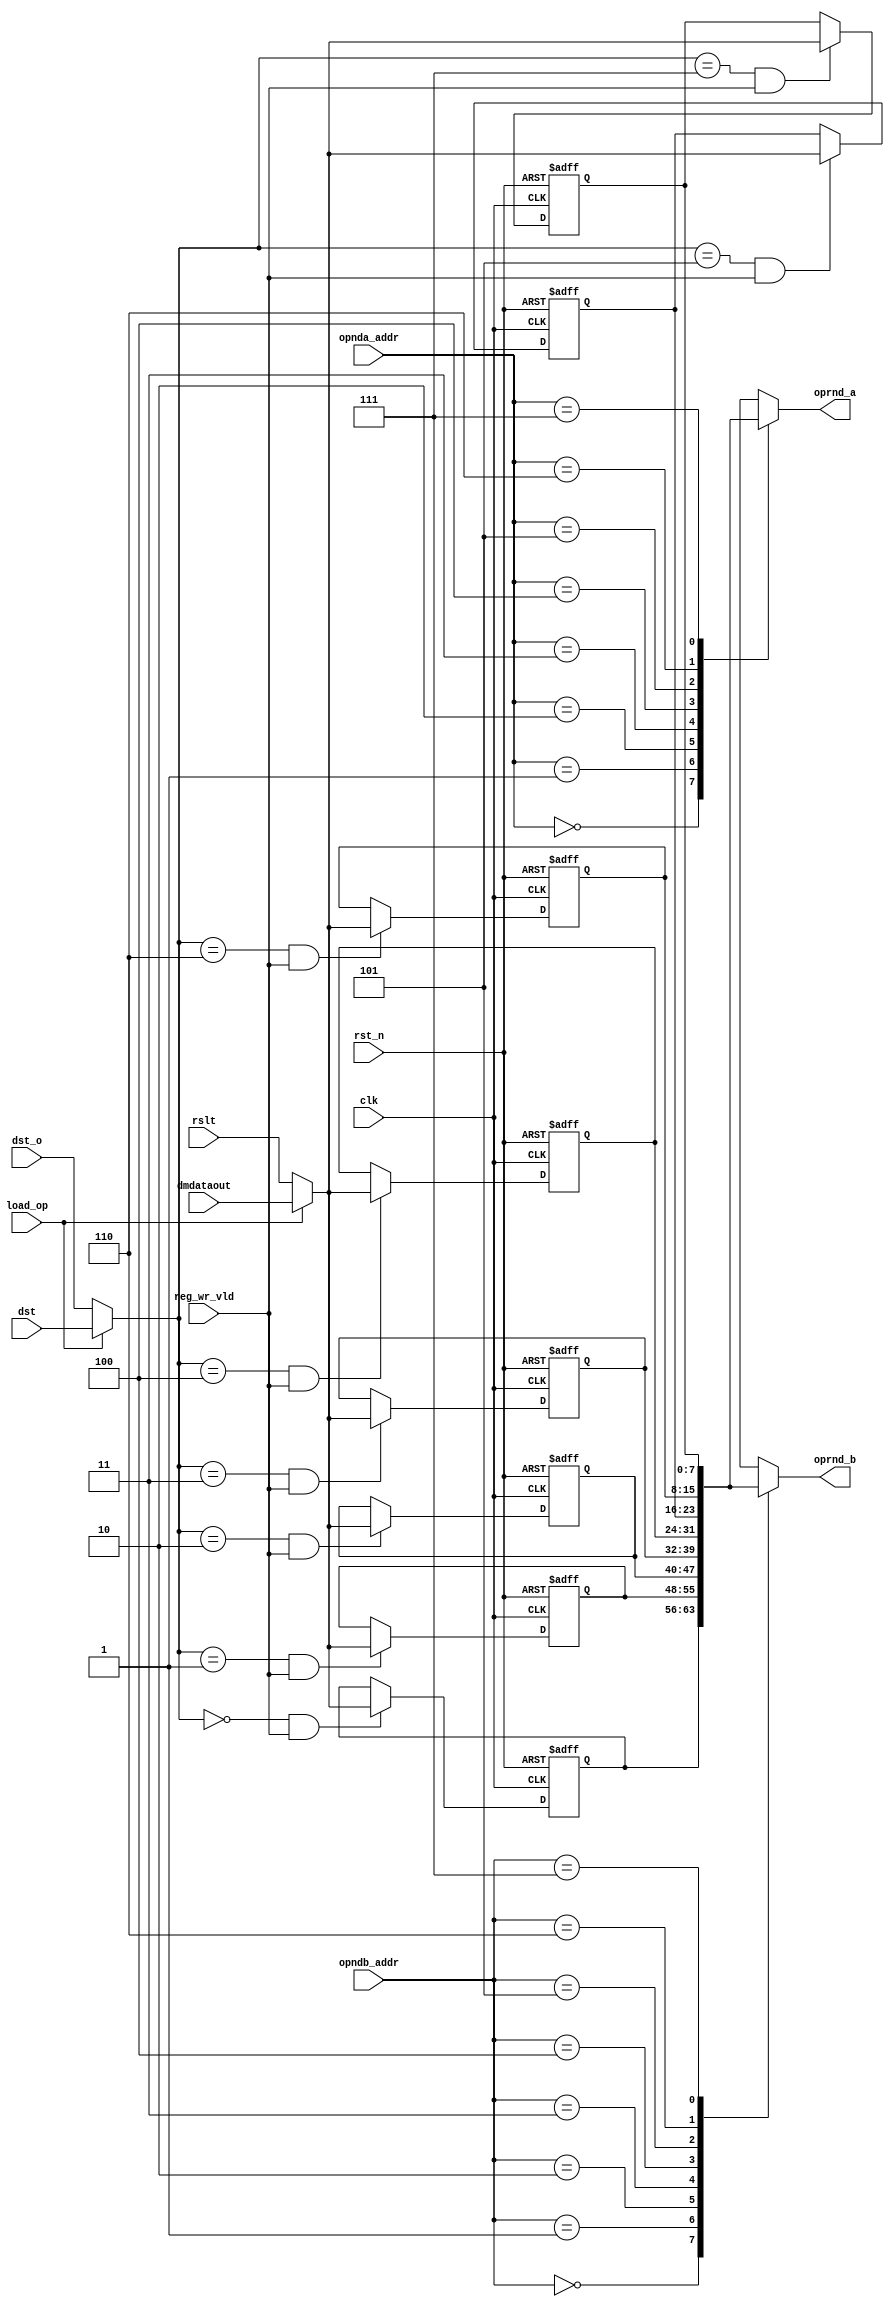

/*
 * Module: RISC Register File
 * Student Name: Ethan Bradley
 * Student Number: 101158848
 */
//---------------------------------------------------
//****************************************************


//fillout1: complete the list of interface
module risc_regfile (
	// Control signals
	input wire clk, 
	input wire rst_n, 
	
	// From Execution Unit
	input wire reg_wr_vld, 
	input wire load_op,
	input wire [7:0] rslt,
	input wire [2:0] dst_o,
	
	// From Decode Unit
    input wire [2:0] dst,
	input wire [2:0] opnda_addr, 
	input wire [2:0] opndb_addr, 
	
	// From Data memory
	input wire [7:0] dmdataout,

	// To Execution Unit
	output reg [7:0] oprnd_a, 
	output reg [7:0] oprnd_b 
);

	wire [7:0] reg_data_in;
	
	// fillout2: define registers for the register file here, call them regfile0,...regfile7
	// remember there are 8 registers in total in the register file
	reg [7:0] regfile0;
	reg [7:0] regfile1;
	reg [7:0] regfile2;
	reg [7:0] regfile3;
	reg [7:0] regfile4;
	reg [7:0] regfile5;
	reg [7:0] regfile6;
	reg [7:0] regfile7;

	
	// fillout3: define an enable signal (type wire) for each register, 
	// call them: regfile0_enbl, ...regfile7_enbl
	
	wire regfile0_enbl;
	wire regfile1_enbl;
	wire regfile2_enbl;
	wire regfile3_enbl;
	wire regfile4_enbl;
	wire regfile5_enbl;
	wire regfile6_enbl;
	wire regfile7_enbl;

	wire [2:0] dstin;
	assign dstin = load_op ? dst : dst_o;

	// fillout4: enables for each register file
	// enable signals will be activated if the destination code addresses 
	// that perticular register AND if write valid signal is activated
	// complete this section for the rest of enable signals
	assign regfile0_enbl = (dstin == 3'h0) & reg_wr_vld;
	assign regfile1_enbl = (dstin == 3'h1) & reg_wr_vld;
	assign regfile2_enbl = (dstin == 3'h2) & reg_wr_vld;
	assign regfile3_enbl = (dstin == 3'h3) & reg_wr_vld;
	assign regfile4_enbl = (dstin == 3'h4) & reg_wr_vld;
	assign regfile5_enbl = (dstin == 3'h5) & reg_wr_vld;
	assign regfile6_enbl = (dstin == 3'h6) & reg_wr_vld;
	assign regfile7_enbl = (dstin == 3'h7) & reg_wr_vld;

    //define reg_mux outputs from the eight 2:1 muxs
    // the input data is calculated based on wether the instruction is  a load
	// or other data processing instructions
    assign reg_data_in = load_op ? dmdataout : rslt;
	//define the operation of the regfile
	
	
	// reset all regfiles (registers) when reset is activated
	// otherwise assign the input data (reg_data_in) to a register if its corresponding 
	// enable signal has been activated
	always @ (posedge clk or negedge rst_n)
	begin
	if (~rst_n) begin 
	   //fillout5: reset all registers
		regfile0 <= 8'h00;
		regfile1 <= 8'h00;
		regfile2 <= 8'h00;
		regfile3 <= 8'h00;
		regfile4 <= 8'h00;
		regfile5 <= 8'h00;
		regfile6 <= 8'h00;
		regfile7 <= 8'h00;
		
	end else begin 
	// fillout6: when enable signal is activated pass in the data to a specific register
        if (regfile0_enbl) regfile0 <= reg_data_in;
        if (regfile1_enbl) regfile1 <= reg_data_in;
        if (regfile2_enbl) regfile2 <= reg_data_in;
        if (regfile3_enbl) regfile3 <= reg_data_in;
        if (regfile4_enbl) regfile4 <= reg_data_in;
        if (regfile5_enbl) regfile5 <= reg_data_in;
        if (regfile6_enbl) regfile6 <= reg_data_in;
        if (regfile7_enbl) regfile7 <= reg_data_in;
    end
	
	// in the following two always blocks we want to check which registers we must pass to
	// the output as operand a and operand b.
	
	
	// fillout7: depending on opnda_addr, you must pass the required register content
	// to the oprnd_a. for example if opnda_addr=0, it mean regfile0 is operand a.
	end 

	always @ (opnda_addr or regfile0 or regfile1 or regfile2 or
	 regfile3 or regfile4 or regfile5 or regfile6 or regfile7) begin
		case (opnda_addr)
			0: oprnd_a <= regfile0;
			1: oprnd_a <= regfile1;
			2: oprnd_a <= regfile2;
			3: oprnd_a <= regfile3;
			4: oprnd_a <= regfile4;
			5: oprnd_a <= regfile5;
			6: oprnd_a <= regfile6;
			7: oprnd_a <= regfile7;
			default: 
				oprnd_a <= 0;
		endcase
	end

	// fillout 8: make a simliar always block like above for operand b
	always @ (opndb_addr or regfile0 or regfile1 or regfile2 or
	 regfile3 or regfile4 or regfile5 or regfile6 or regfile7) begin
		case (opndb_addr)
			0: oprnd_b <= regfile0;
			1: oprnd_b <= regfile1;
			2: oprnd_b <= regfile2;
			3: oprnd_b <= regfile3;
			4: oprnd_b <= regfile4;
			5: oprnd_b <= regfile5;
			6: oprnd_b <= regfile6;
			7: oprnd_b <= regfile7;
			default: oprnd_b <= 0;
		endcase
	end




	
	
endmodule